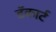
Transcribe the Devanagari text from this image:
डॅकार्ट